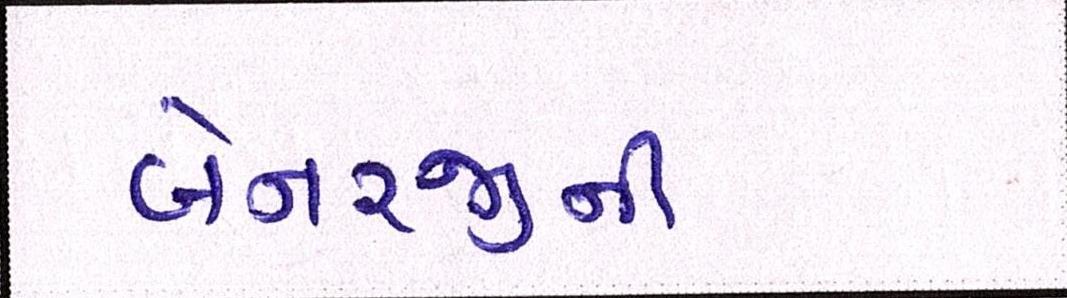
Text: બેનરજીની